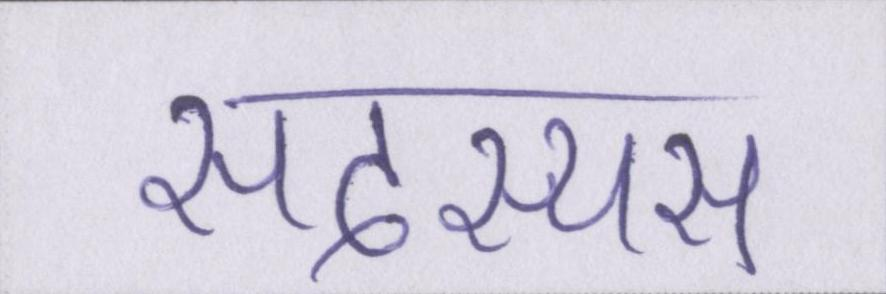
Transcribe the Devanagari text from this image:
सदस्यस